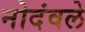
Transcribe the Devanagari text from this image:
नोदंवले